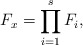
\begin{align*}F_x = \prod_{i=1}^s F_i,\end{align*}